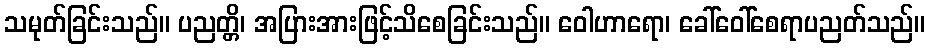
သမုတ်ခြင်းသည်။ ပညတ္တိ၊ အပြားအားဖြင့်သိစေခြင်းသည်။ ဝေါဟာရော၊ ခေါ်ဝေါ်စေရာပညတ်သည်။